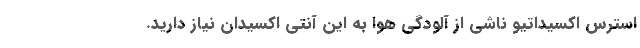
استرس اکسیداتیو ناشی از آلودگی هوا به این آنتی اکسیدان نیاز دارید.